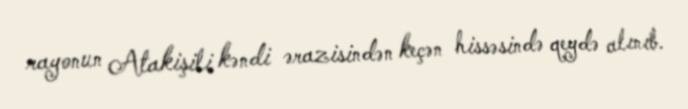
rayonun Atakişili kəndi ərazisindən keçən hissəsində qeydə alınıb.